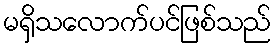
မရှိသလောက်ပင်ဖြစ်သည်